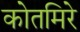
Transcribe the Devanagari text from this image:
कोतमिरे